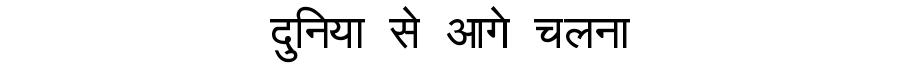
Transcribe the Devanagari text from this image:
दुनिया से आगे चलना